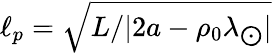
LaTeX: \ell_{p}=\sqrt{L/|2a-\rho_{0}\lambda_{\bigodot}|}